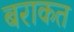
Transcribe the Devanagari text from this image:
बराकत